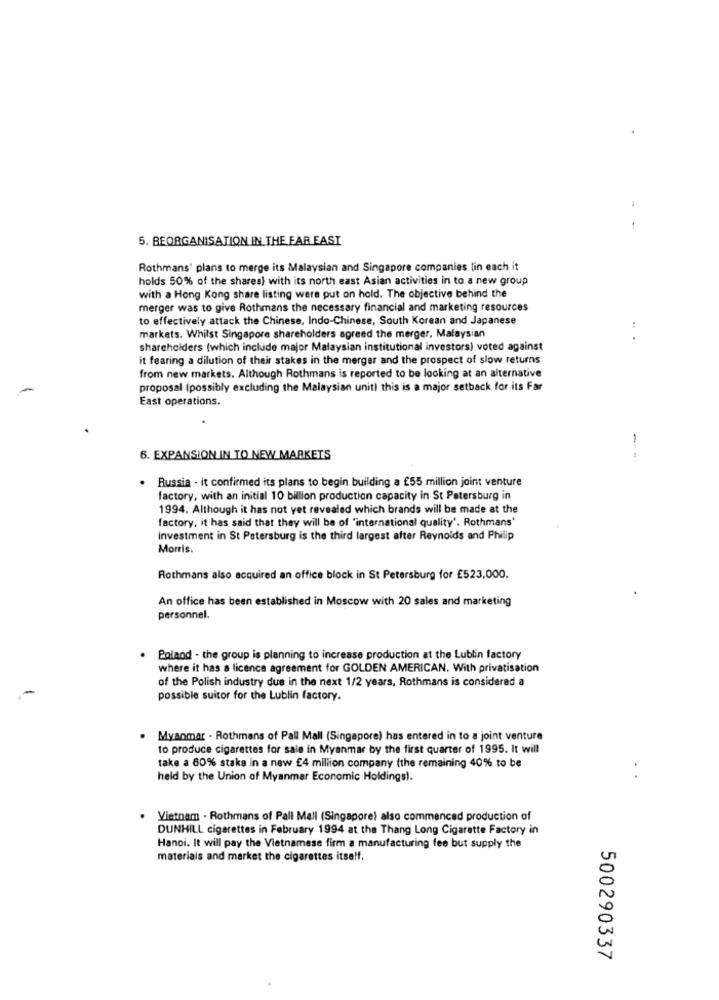
5. BEORGANISATION IN THE FAR EAST
Rothmans' plans to merge its Malaysian and Singapore companies lin each it
holds 50% of the shares) with its north east Asian activities in to a new group
with a Hong Kong share listing were put on hold. The objective behind the
merger was to give Rothmans the necessary financial and marketing resources
to effectively attack the Chinese, Indo-Chinese, South Korean and Japanese
markets. Whilst Singapore shareholders agreed the merger, Malaysian
.. .
shareholders (which include major Malaysian institutional investors) voted against
it fearing a dilution of their stakes in the merger and the prospect of slow returns
from new markets. Although Rothmans is reported to be looking at an alternative
proposal (possibly excluding the Malaysian unit) this is a major setback for its Far
East operations.
1
6. EXPANSION IN TO NEW MARKETS
Russia - it confirmed its plans to begin building a £55 million joint venture
factory, with an initial 10 billion production capacity in St Petersburg in
1994. Although it has not yet revealed which brands will be made at the
factory, it has said that they will be of "international quality'. Rothmans'
investment in St Petersburg is the third largest after Reynolds and Philip
Morris.
Rothmans also acquired an office block in St Petersburg for £523,000.
An office has been established in Moscow with 20 sales and marketing
personnel.
Poland - the group is planning to increase production at the Lublin factory
where it has a licence agreement for GOLDEN AMERICAN. With privatisation
of the Polish industry due in the next 1/2 years, Rothmans is considered a
possible suitor for the Lublin factory.
Myanmar - Rothmans of Pall Mall (Singapore) has entered in to a joint venture
to produce cigarettes for sale in Myanmar by the first quarter of 1995. It will
take a 60% stake in a new £4 million company (the remaining 40% to be
held by the Union of Myanmar Economic Holdingst.
Vietnam . Rothmans of Pall Mall (Singapore) also commenced production of
DUNHILL cigarettes in February 1994 at the Thang Long Cigarette Factory in
Hanoi. It will pay the Vietnamese firm a manufacturing fee but supply the
materials and market the cigarettes itself.
500290337